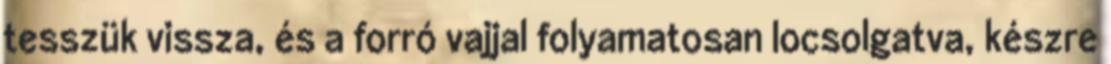
tesszük vissza, és a forró vajjal folyamatosan locsolgatva, készre